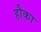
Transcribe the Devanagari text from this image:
हौका